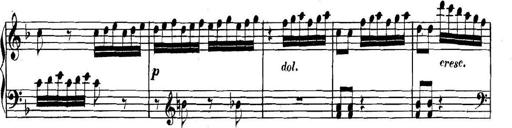
Title: Collected Piano Sonatas
Composer: Muzio Clementi